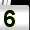
Digit: 5